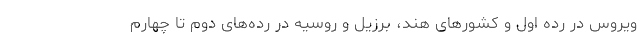
ویروس در رده اول و کشورهای هند، برزیل و روسیه در رده‌های دوم تا چهارم